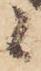
候